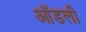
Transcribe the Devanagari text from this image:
ऑडली